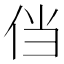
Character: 𰁸